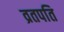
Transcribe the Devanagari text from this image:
व्रतपति